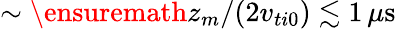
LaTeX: \sim\ensuremath{z_{m}}/(2v_{ti0})\lesssim 1\, \mu\mathrm{s}